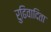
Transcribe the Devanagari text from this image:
रुढिवादिता